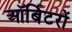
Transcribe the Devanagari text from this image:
ऑर्बिटरों